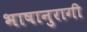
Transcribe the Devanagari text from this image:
भाषानुरागी